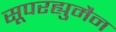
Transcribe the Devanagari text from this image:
सूपरह्युमैन